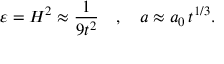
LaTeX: \varepsilon = H ^ { 2 } \approx \frac { 1 } { 9 t ^ { 2 } } \quad , \quad a \approx a _ { 0 } \, t ^ { 1 / 3 } .